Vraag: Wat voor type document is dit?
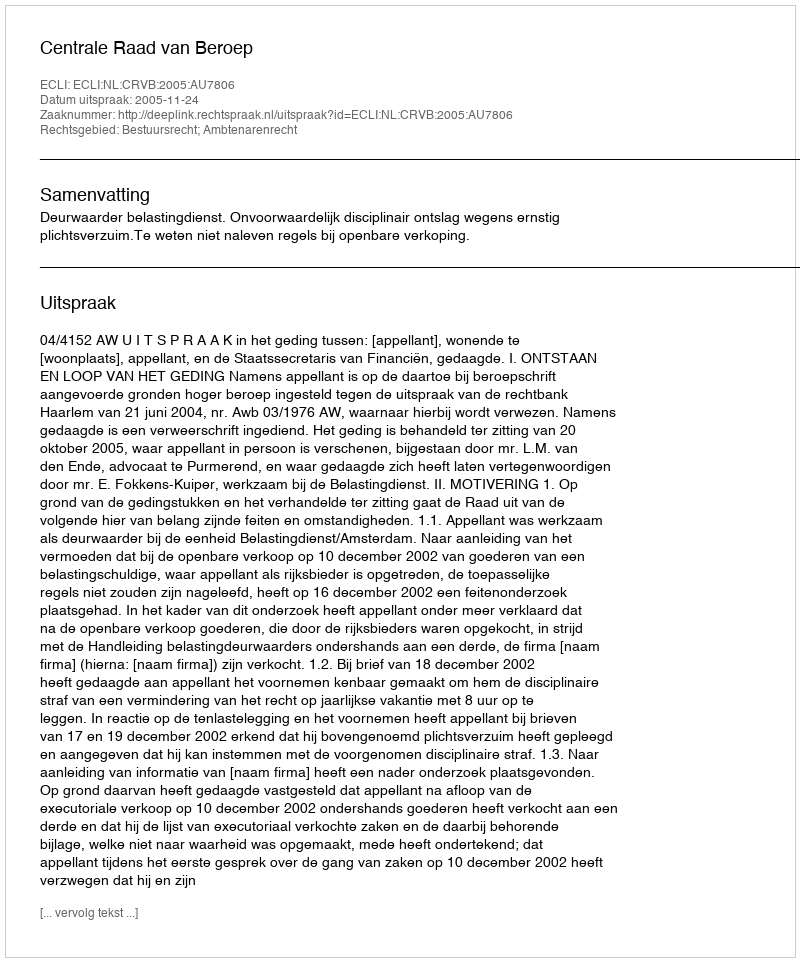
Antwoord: Uitspraak